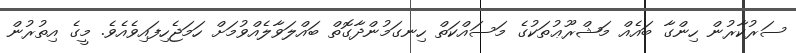
ސަރުކާރުން ހިންގާ ބައެއް މަޝްރޫޢުތަކުގެ މަސައްކަތް ހިނގަމުންދާގޮތް ބައްލަވާލެއްވުމަށް ހަމަޖެހިފައިވެއެވެ. މީގެ އިތުރުން